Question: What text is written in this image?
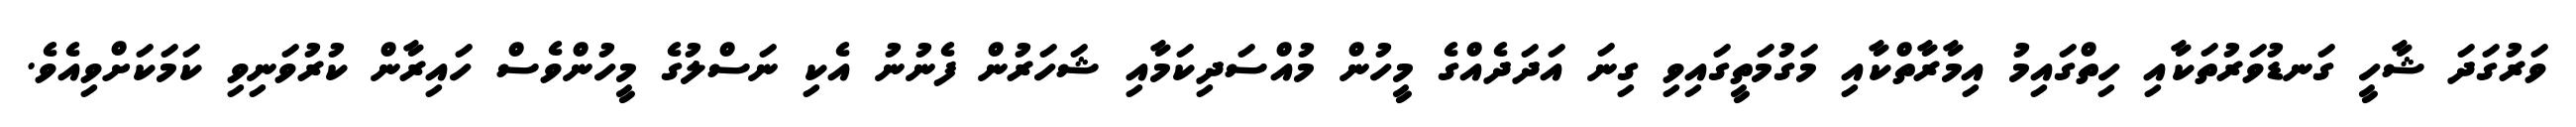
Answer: ވަރުގަދަ ޝާހީ ގަނޑުވަރުތަކާއި ހިތްގައިމު އިމާރާތްކާއި މަގުމަތީގައިވި ގިނަ އަދަދެއްގެ މީހުން މުއްސަދިކަމާއި ޝަހަރުން ފެނުނު އެކި ނަސްލުގެ މީހުންވެސް ހައިރާން ކުރުވަނިވި ކަމަކަށްވިއެވެ.